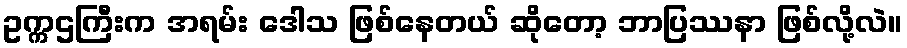
ဥက္ကဌကြီးက အရမ်း ဒေါသ ဖြစ်နေတယ် ဆိုတော့ ဘာပြဿနာ ဖြစ်လို့လဲ။